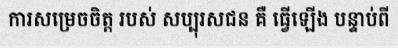
ការសម្រេចចិត្ត របស់ សប្បុរសជន គឺ ធ្វើឡើង បន្ទាប់ពី